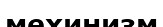
мехинизм